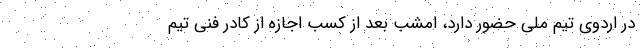
در اردوی تیم ملی حضور دارد، امشب بعد از کسب اجازه از کادر فنی تیم